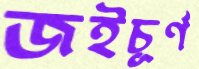
জইচূর্ণ